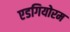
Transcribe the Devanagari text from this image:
एडगियोरम